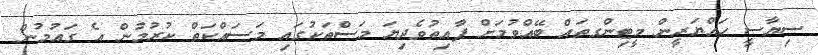
ސިޔާސީ ހައްޔަރީން މީޓިންގތައް ބޭއްވުމަށް ފާއިތުވެދިޔަ މަސްތަކުގައި މަސައްކަތް ކުރުމުން އެ ގައުމުން